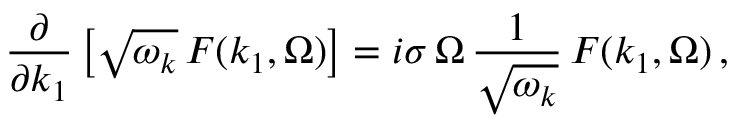
\frac { \partial } { \partial k _ { 1 } } \left[ \sqrt { \omega _ { k } } \, F ( k _ { 1 } , \Omega ) \right] = i \sigma \, \Omega \, \frac { 1 } { \sqrt { \omega _ { k } } } \, F ( k _ { 1 } , \Omega ) \, ,